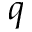
q